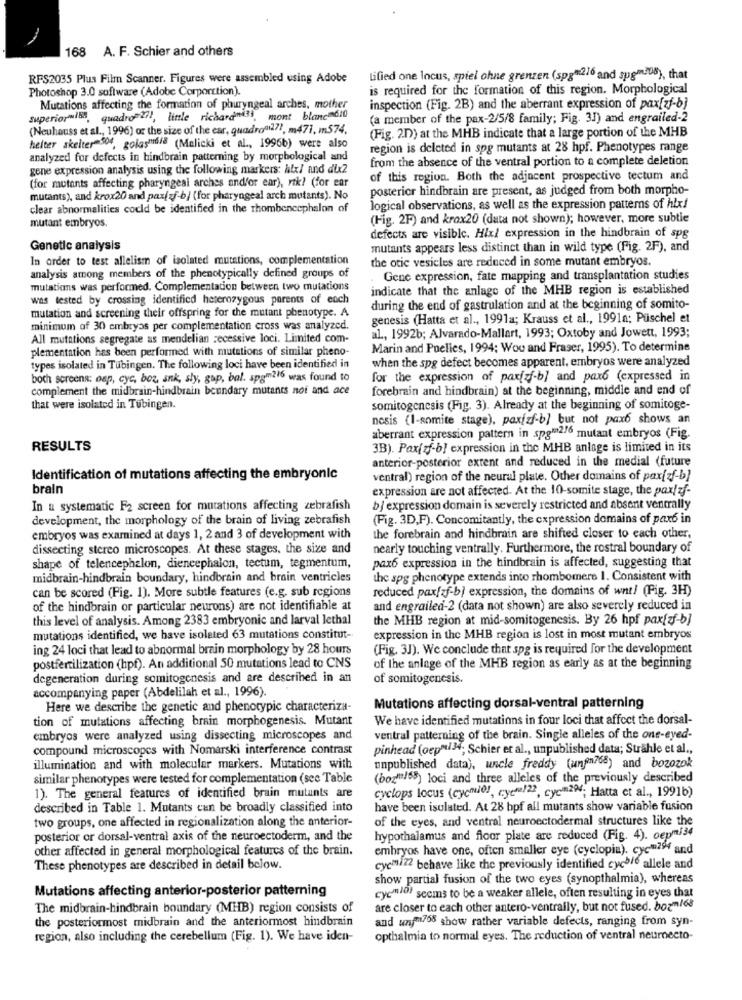
168 A. F. Schier and others
RFS2035 Plus Film Scanner. Figures were assembled using Adobe
Lified one Incus, spiel ohne grenzen (spg*2.16 and spgm 08), that
Photoshop 3.0 software (Adobe Corporation).
is required for the formation of this region. Morphological
Mutations affecting the formation of pharyngeal arches, mother
inspection (Fig. 2B) and the aberrant expression of pax[zf-b]
superiorwish, quadro il, little richard"43), mont blanc dio
(a member of the pax-2/5/8 family; Fig. 3J) and engrailed-2
(Neuhauss et al ., 1996) or the size of the car, quadro"27 !, m471, m574.
(Fig. 2.D) at the MHB indicate that a large portion of the MHB
helter skelter 506, golas"6/8 (Malicki et al ., 1996b) were also
region is deleted in spg mutants at 28 hpf. Phenotypes range
analyzed for defects in hindbrain patterning by morphological and
from the absence of the ventral portion to a complete deletion
gene expression analysis using the following markers: Atx/ and dix2
(for mutants affecting pharyngeal arches and/or ear), rtk? (for ear
of this region. Both the adjacent prospective tectum and
posterior hindbrain are present, as judged from both morpho-
mutants), and krox20 and pax/ zf-b/ (for pharyngeal arch mutants). No
clear abnormalities could be identified in the rhombencephalon of
logical observations, as well as the expression patterns of hix!
(Fig. 2F) and krox20 (data not shown); however, more subtie
mutant embryos.
defects are visible. Hix/ expression in the hindbrain of spg
Genetic analysis
mutants appears less distinct than in wild type (Fig. 2F), and
In order to test allelism of isolated mutations, complementation
the otic vesicles are reduced in some mutant embryos.
analysis among members of the phenotypically defined groups of
Gene expression, fate mapping and transplantation studies
mutations was performed. Complementation between two mutations
indicate that the anlage of the MHB region is established
was tested by crossing identified heterozygous parents of each
mutation and screening their offspring for the mutant phenotype. A
during the end of gastrulation and at the beginning of somito-
genesis (Hatta et al ., 1991a; Krauss et al ., 1991a; Püschel et
minimum of 30 embryos per complementation cross was analyzed.
All mutations segregate as mendelian recessive loci. Limited com-
al ., 1992b; Alvarado-Mallart, 1993; Oxtoby and Jowett, 1993;
plementation has been performed with mutations of similar pheno-
Marin and Puelles, 1994; Woo and Fraser, 1995). To determine
when the spg defect becomes apparent, embryos were analyzed
types isolated in Tübingen. The following loci have been identified in
boch screens: osp, cyc, boz, ank, sły, gap, bal. spam216 was found to
for the expression of pax[af-b] and pax6 (expressed in
complement the midbrain-hindbrain boundary mutants noi and ace
forebrain and hindbrain) at the beginning, middle and end of
that were isolated in Tubingen.
somitogenesis (Fig. 3). Already at the beginning of somitoge-
nosis (I-somite stage), pax[zf-b) but not pax6 shows an
aberrant expression pattern in spgm2/6 mutant embryos (Fig.
RESULTS
3B). Pax(df-b] expression in the MHB anlage is limited in its
anterior-posterior extent and reduced in the medial (future
Identification of mutations affecting the embryonic
ventral) region of the neural plate. Other domains of pax[zf-b]
brain
expression are not affected. At the 10-somite stage, the pax/ zf-
In a systematic F2 screen for mutations affecting zebrafish
b/ expression domain is severely restricted and absent ventrally
development, the morphology of the brain of living zebrafish
(Fig. 3D,F). Concomitantly, the expression domains of pax6 in
embryos was examined at days 1, 2 and 3 of development with
the forebrain and hindbrain are shifted closer to each other,
dissecting stereo microscopes. At these stages, the size and
nearly touching ventrally. Furthermore, the rostral boundary of
pax6 expression in the hindbrain is affected, suggesting that
shape of telencephalon, diencephalon, tectum, tegmentum,
midbrain-hindbrain boundary, hindbrain and brain ventricles
the spy phenotype extends into rhombomere 1. Consistent with
can be scored (Fig. 1). More subtle features (e.g. sub regions
reduced paxfaf-b) expression, the domains of wnt/ (Fig. 3H)
of the hindbrain or particular neurons) are not identifiable at
and engrailed-2 (data not shown) are also severely reduced in
this level of analysis. Among 2383 embryonic and larval lethal
the MHB region at mid-somitogenesis. By 26 hpf pax(zf-b)
mutations identified, we have isolated 63 mutations constitut-
expression in the MHB region is lost in most mutant embryos
ing 24 loci that lead to abnormal brain morphology by 28 hours
(Fig. 3J). We conclude that spg is required for the development
postfertilization (hpf). An additional 50 mutations lead to CNS
of the anlage of the MHB region as early as at the beginning
degeneration during somitogenesis and are described in an
of somitogenesis.
accompanying paper (Abdelilah et al ., 1996)
Here we describe the genetic and phenotypic characteriza-
Mutations affecting dorsal-ventral patterning
tion of mutations affecting brain morphogenesis. Mutant
We have identified mutatinns in four loci that affect the dorsal-
embryos were analyzed using dissecting microscopes and
ventral patterning of the brain. Single alleles of the one-eyed-
compound microscopes with Nomarski interference contrast
pinhead (oep"/34; Schier er al ., unpublished data; Strahle et al .,
illumination and with molecular markers. Mutations with
unpublished data), uncle freddy (unfen768) and bozozok
similar phenotypes were tested for complementation (see Table
(boz"/55) loci and three alleles of the previously described
1). The general features of identified brain mutants are
cyclops locus (cycmiel, cyer!22, cych2M; Hatta et al ., 1991b)
described in Table 1. Mutants can be broadly classified into
have been isulated. At 28 bpf all mutants show variable fusion
two groups, one affected in regionalization along the anterior-
of the eyes, and ventral neuroectodermal structures like the
posterior or dorsal-ventral axis of the neuroectoderm, and the
hypothalamus and floor plate are reduced (Fig. 4). oepmi34
other affected in general morphological features of the brain.
embryos have one, often smaller eye (cyclopia). cycm294 and
These phenotypes are described in detail below.
cycmi22 behave like the previously identified cych/6 allele and
show partial fusion of the two eyes (synopthalmia), whereas
Mutations affecting anterior-posterior patterning
cych101 seems to be a weaker allele, often resulting in eyes that
The midbrain-hindbrain boundary (MHB) region consists of
are closer to each other antero-ventrally, but not fused. bozm168
the posteriormost midbrain and the anteriormost hindbrain
and wnym758 show rather variable defects, ranging from syn-
region, also including the cerebellum (Fig. 1). We have iden-
opthalmia to normal eyes. The reduction of ventral neuroecto-